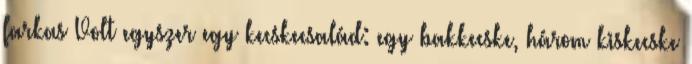
farkas Volt egyszer egy kecskecsalád: egy bakkecske, három kiskecske